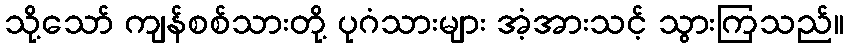
သို့သော် ကျန်စစ်သားတို့ ပုဂံသားများ အံ့အားသင့် သွားကြသည်။